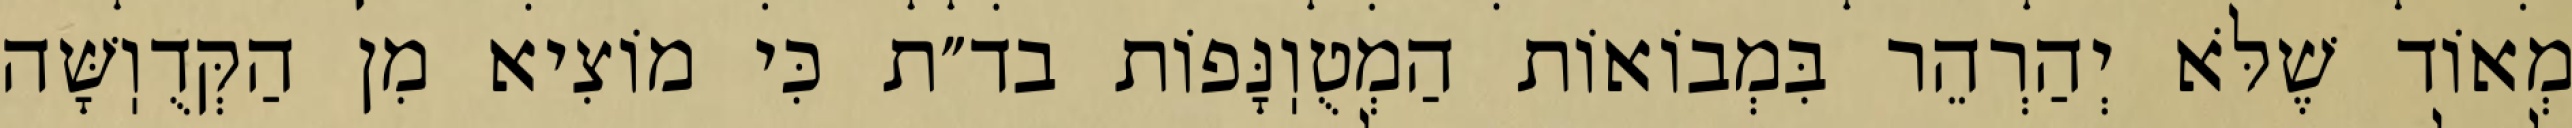
מְאוֹד שֶׁלֹּא יְהַרְהֵר בִּמְבוֹאוֹת הַמְטֻוֽנָּפוֹת בד״ת כִּי מוֹצִיא מִן הַקְּדֻוֽשָּׁה